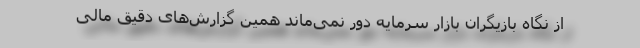
از نگاه بازیگران بازار سرمایه دور نمی‌ماند همین گزارش‌های دقیق مالی